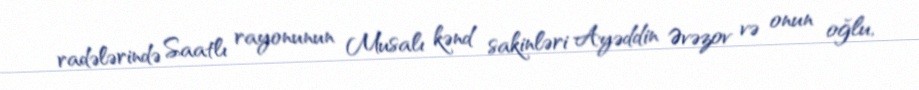
radələrində Saatlı rayonunun Musalı kənd sakinləri Ayəddin Əvəzov və onun oğlu,